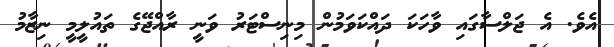
އެވެ. އެ ޖަލްސާގައި ވާހަކަ ދައްކަވަމުން މިނިސްޓަރު ވަނީ ރާއްޖޭގެ ތައުލީމީ ނިޒާމު